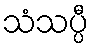
သံသပ္ပီ